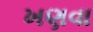
ખણવા